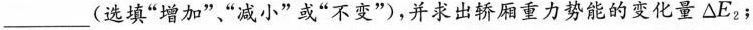
__(选填”增加””减小”或”不变”)，并求出轿厢重力势能的变化量\triangle E_{2}；